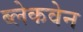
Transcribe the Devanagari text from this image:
ब्लेकवेन